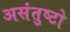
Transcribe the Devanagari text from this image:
असंतुष्टो